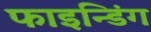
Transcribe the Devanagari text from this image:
फाइन्डिंग